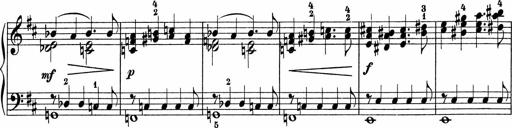
Title: 5 Sonatinen fÃ¼r die Jugend
Composer: Carl Reinecke